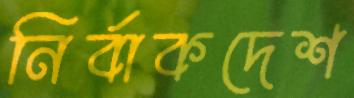
নির্বাকদেশ